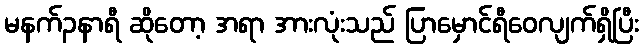
မနက်၃နာရီ ဆိုတော့ အရာ အားလုံးသည် ပြာမှောင်ရီဝေလျက်ရှိပြီး